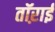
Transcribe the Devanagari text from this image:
तॉऱाई